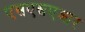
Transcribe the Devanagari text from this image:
एसएसएआर